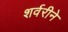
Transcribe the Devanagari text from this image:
शर्वरीने